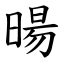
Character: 暘